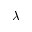
\lambda